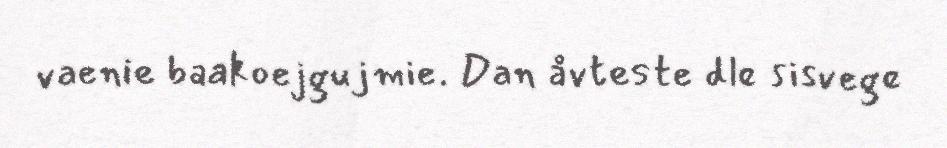
vaenie baakoejgujmie. Dan åvteste dle sisvege